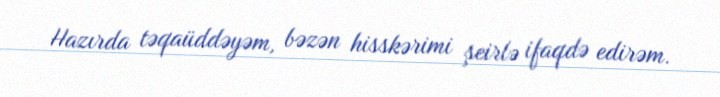
Hazırda təqaüddəyəm, bəzən hisskərimi şeirlə ifaqdə edirəm.